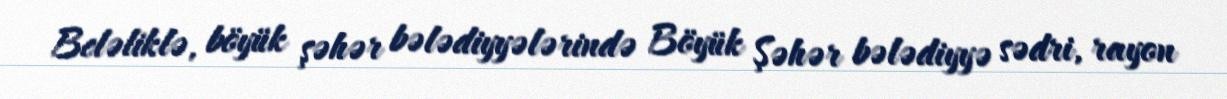
Beləliklə, böyük şəhər bələdiyyələrində Böyük Şəhər bələdiyyə sədri, rayon